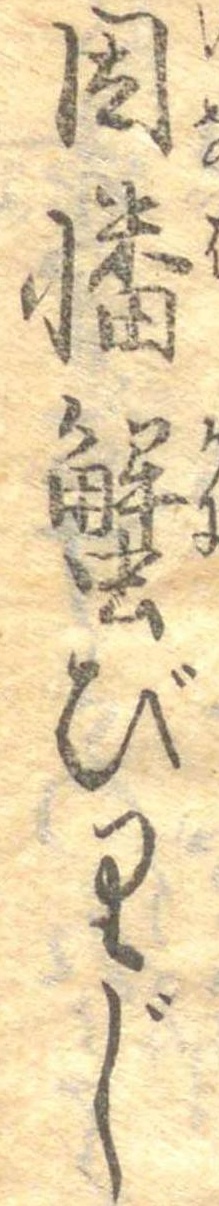
因幡蟹びりじ